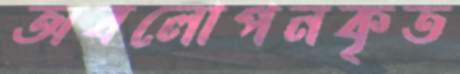
অবলোপনকৃত